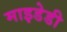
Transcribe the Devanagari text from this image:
माइडेडी